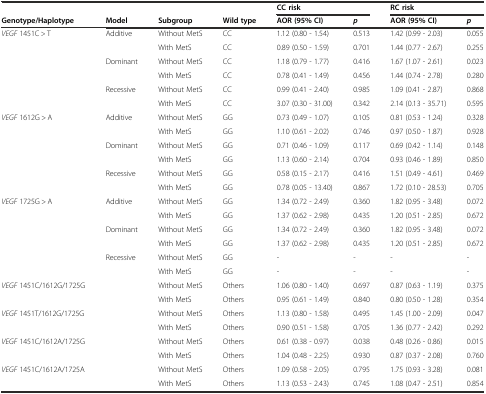
<table><thead><tr><td></td><td></td><td></td><td></td><td colspan="2"><b>CC risk</b></td><td colspan="2"><b>RC risk</b></td></tr><tr><td><b>Genotype/Haplotype</b></td><td><b>Model</b></td><td><b>Subgroup</b></td><td><b>Wild type</b></td><td><b>AOR (95% CI)</b></td><td><b><i>p</i></b></td><td><b>AOR (95% CI)</b></td><td><b><i>p</i></b></td></tr></thead><tbody><tr><td><i>VEGF</i> 1451C &gt; T</td><td>Additive</td><td>Without MetS</td><td>CC</td><td>1.12 (0.80 - 1.54)</td><td>0.513</td><td>1.42 (0.99 - 2.03)</td><td>0.055</td></tr><tr><td></td><td></td><td>With MetS</td><td>CC</td><td>0.89 (0.50 - 1.59)</td><td>0.701</td><td>1.44 (0.77 - 2.67)</td><td>0.255</td></tr><tr><td></td><td>Dominant</td><td>Without MetS</td><td>CC</td><td>1.18 (0.79 - 1.77)</td><td>0.416</td><td>1.67 (1.07 - 2.61)</td><td>0.023</td></tr><tr><td></td><td></td><td>With MetS</td><td>CC</td><td>0.78 (0.41 - 1.49)</td><td>0.456</td><td>1.44 (0.74 - 2.78)</td><td>0.280</td></tr><tr><td></td><td>Recessive</td><td>Without MetS</td><td>CC</td><td>0.99 (0.41 - 2.40)</td><td>0.985</td><td>1.09 (0.41 - 2.87)</td><td>0.868</td></tr><tr><td></td><td></td><td>With MetS</td><td>CC</td><td>3.07 (0.30 - 31.00)</td><td>0.342</td><td>2.14 (0.13 - 35.71)</td><td>0.595</td></tr><tr><td><i>VEGF</i> 1612G &gt; A</td><td>Additive</td><td>Without MetS</td><td>GG</td><td>0.73 (0.49 - 1.07)</td><td>0.105</td><td>0.81 (0.53 - 1.24)</td><td>0.328</td></tr><tr><td></td><td></td><td>With MetS</td><td>GG</td><td>1.10 (0.61 - 2.02)</td><td>0.746</td><td>0.97 (0.50 - 1.87)</td><td>0.928</td></tr><tr><td></td><td>Dominant</td><td>Without MetS</td><td>GG</td><td>0.71 (0.46 - 1.09)</td><td>0.117</td><td>0.69 (0.42 - 1.14)</td><td>0.148</td></tr><tr><td></td><td></td><td>With MetS</td><td>GG</td><td>1.13 (0.60 - 2.14)</td><td>0.704</td><td>0.93 (0.46 - 1.89)</td><td>0.850</td></tr><tr><td></td><td>Recessive</td><td>Without MetS</td><td>GG</td><td>0.58 (0.15 - 2.17)</td><td>0.416</td><td>1.51 (0.49 - 4.61)</td><td>0.469</td></tr><tr><td></td><td></td><td>With MetS</td><td>GG</td><td>0.78 (0.05 - 13.40)</td><td>0.867</td><td>1.72 (0.10 - 28.53)</td><td>0.705</td></tr><tr><td><i>VEGF</i> 1725G &gt; A</td><td>Additive</td><td>Without MetS</td><td>GG</td><td>1.34 (0.72 - 2.49)</td><td>0.360</td><td>1.82 (0.95 - 3.48)</td><td>0.072</td></tr><tr><td></td><td></td><td>With MetS</td><td>GG</td><td>1.37 (0.62 - 2.98)</td><td>0.435</td><td>1.20 (0.51 - 2.85)</td><td>0.672</td></tr><tr><td></td><td>Dominant</td><td>Without MetS</td><td>GG</td><td>1.34 (0.72 - 2.49)</td><td>0.360</td><td>1.82 (0.95 - 3.48)</td><td>0.072</td></tr><tr><td></td><td></td><td>With MetS</td><td>GG</td><td>1.37 (0.62 - 2.98)</td><td>0.435</td><td>1.20 (0.51 - 2.85)</td><td>0.672</td></tr><tr><td></td><td>Recessive</td><td>Without MetS</td><td>GG</td><td>-</td><td>-</td><td>-</td><td>-</td></tr><tr><td></td><td></td><td>With MetS</td><td>GG</td><td>-</td><td>-</td><td>-</td><td>-</td></tr><tr><td><i>VEGF</i> 1451C/1612G/1725G</td><td></td><td>Without MetS</td><td>Others</td><td>1.06 (0.80 - 1.40)</td><td>0.697</td><td>0.87 (0.63 - 1.19)</td><td>0.375</td></tr><tr><td></td><td></td><td>With MetS</td><td>Others</td><td>0.95 (0.61 - 1.49)</td><td>0.840</td><td>0.80 (0.50 - 1.28)</td><td>0.354</td></tr><tr><td><i>VEGF</i> 1451T/1612G/1725G</td><td></td><td>Without MetS</td><td>Others</td><td>1.13 (0.80 - 1.58)</td><td>0.495</td><td>1.45 (1.00 - 2.09)</td><td>0.047</td></tr><tr><td></td><td></td><td>With MetS</td><td>Others</td><td>0.90 (0.51 - 1.58)</td><td>0.705</td><td>1.36 (0.77 - 2.42)</td><td>0.292</td></tr><tr><td><i>VEGF</i> 1451C/1612A/1725G</td><td></td><td>Without MetS</td><td>Others</td><td>0.61 (0.38 - 0.97)</td><td>0.038</td><td>0.48 (0.26 - 0.86)</td><td>0.015</td></tr><tr><td></td><td></td><td>With MetS</td><td>Others</td><td>1.04 (0.48 - 2.25)</td><td>0.930</td><td>0.87 (0.37 - 2.08)</td><td>0.760</td></tr><tr><td><i>VEGF</i> 1451C/1612A/1725A</td><td></td><td>Without MetS</td><td>Others</td><td>1.09 (0.58 - 2.05)</td><td>0.795</td><td>1.75 (0.93 - 3.28)</td><td>0.081</td></tr><tr><td></td><td></td><td>With MetS</td><td>Others</td><td>1.13 (0.53 - 2.43)</td><td>0.745</td><td>1.08 (0.47 - 2.51)</td><td>0.854</td></tr></tbody></table>